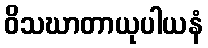
ဝိသဃာတာယုပါယနံ